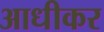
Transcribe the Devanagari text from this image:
आधीकर